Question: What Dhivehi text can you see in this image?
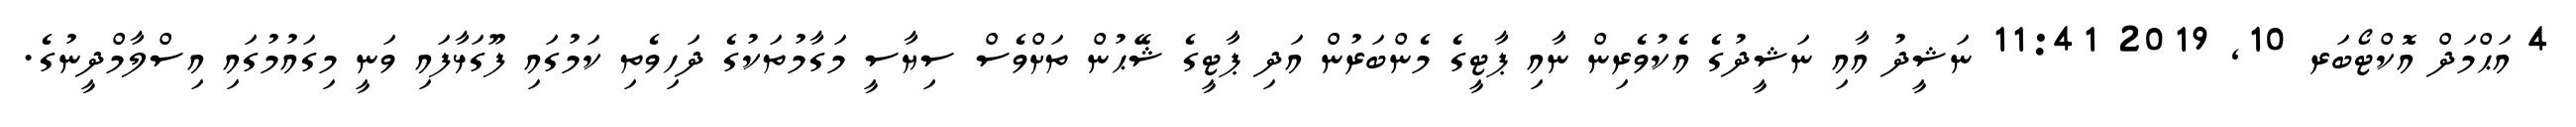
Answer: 4 އަޙްމަދް އޮކްޓޯބަރ 10, 2019 11:41 ނަޝީދު އާއި ނަޝީދުގެ އެކުވެރިން ނާއި ޕާޓީގެ މެންބަރުން އަދި ޕާޓީގެ ޝޭޙުން ތަށްވެސް ސިޔާސީ މަގާމުތަކުގެ ދަހިވެތި ކަމުގައި ފޫގަޅާފައި ވަނީ މިގައުމުގައި އިސްލާމްދީނުގެ.